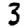
Digit: 3